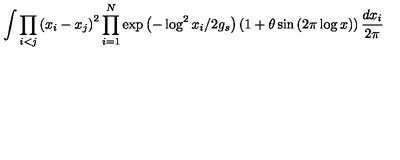
\int \prod _ { i < j } \left( x _ { i } - x _ { j } \right) ^ { 2 } \prod _ { i = 1 } ^ { N } \exp \left( - \log ^ { 2 } x _ { i } / 2 g _ { s } \right) \left( 1 + \theta \sin \left( 2 \pi \log x \right) \right) \frac { d x _ { i } } { 2 \pi }